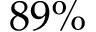
8 9 \%